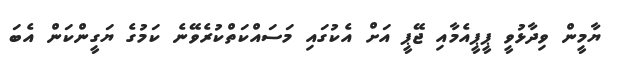
ޔާމީން ވިދާޅުވީ ޕީޕީއެމާއި ޖޭޕީ އަށް އެކުގައި މަސައްކަތްކުރެވޭނެ ކަމުގެ ޔަގީންކަން އެބަ